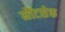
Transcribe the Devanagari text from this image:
मौंटसेक